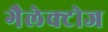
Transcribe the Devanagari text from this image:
गैलेक्टोज